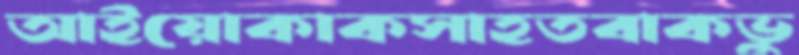
আইয়োকাকসাহতবাকভু